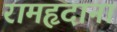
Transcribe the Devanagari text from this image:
रामहृदानां